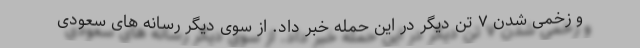
و زخمی شدن ۷ تن دیگر در این حمله خبر داد. از سوی دیگر رسانه های سعودی